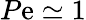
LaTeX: P\mathrm{e}\simeq1